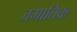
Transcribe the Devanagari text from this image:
जगातिक